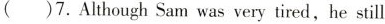
（）7.Although Sam was very tired,he still